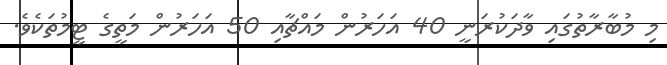
މި މުބާރާތުގައި ވާދަކުރަނީ 40 އަހަރުން މައްޗާއި 50 އަހަރުން މަތީގެ ޓީމުތަކެވެ.